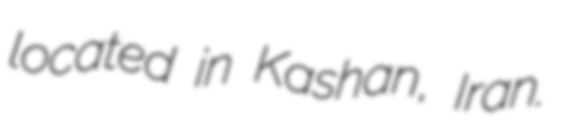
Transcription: located in Kashan, Iran.